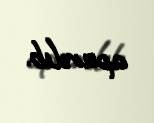
aparılıb.